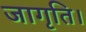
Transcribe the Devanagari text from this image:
जागृति।